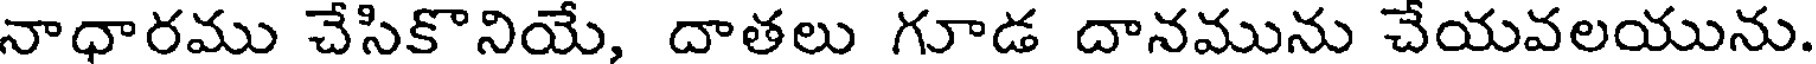
నాధారము చేసికొనియే, దాతలు గూడ దానమును చేయవలయును.